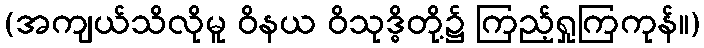
(အကျယ်သိလိုမူ ဝိနယ ဝိသုဒ္ဓိတို့၌ ကြည့်ရှုကြကုန်။)